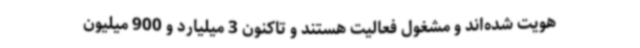
هویت شده‌اند و مشغول فعالیت هستند و تاکنون 3 میلیارد و 900 میلیون